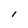
Character: 1